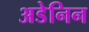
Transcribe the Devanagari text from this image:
अडेनिन